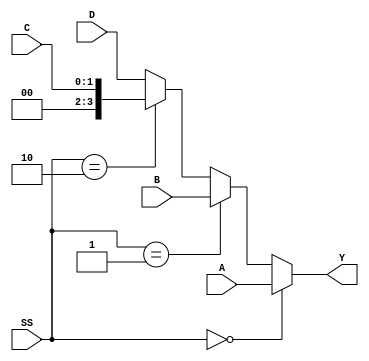
`timescale 1ns / 1ps
//////////////////////////////////////////////////////////////////////////////////
// Company: 
// Engineer: 
// 
// Design Name: 
// Module Name: four_to_one_Mux
// Project Name: 
// Target Devices: 
// Tool Versions: 
// Description: 
// 
// Dependencies: 
// 
// Revision:
// Revision 0.01 - File Created
// Additional Comments:
// 
//////////////////////////////////////////////////////////////////////////////////
`timescale 1ns / 1ps

module four_to_one_Mux(


input [3:0] A,
    input [3:0] B,
    input [1:0] C,
    input [3:0] D,
    input [1:0] SS,
    output [3:0] Y 
    );
    
    // selector switches decide what data at the input data lines go through to output Y
    assign Y = (SS==0)?A : (SS==1)?B : (SS==2)?C : D;  
    
endmodule